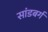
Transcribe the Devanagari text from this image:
सांडबर्ग